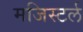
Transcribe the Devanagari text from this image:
मजिस्टर्ल